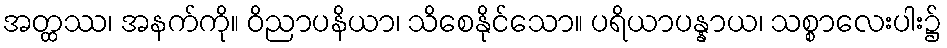
အတ္ထဿ၊ အနက်ကို။ ဝိညာပနိယာ၊ သိစေနိုင်သော။ ပရိယာပန္နာယ၊ သစ္စာလေးပါး၌